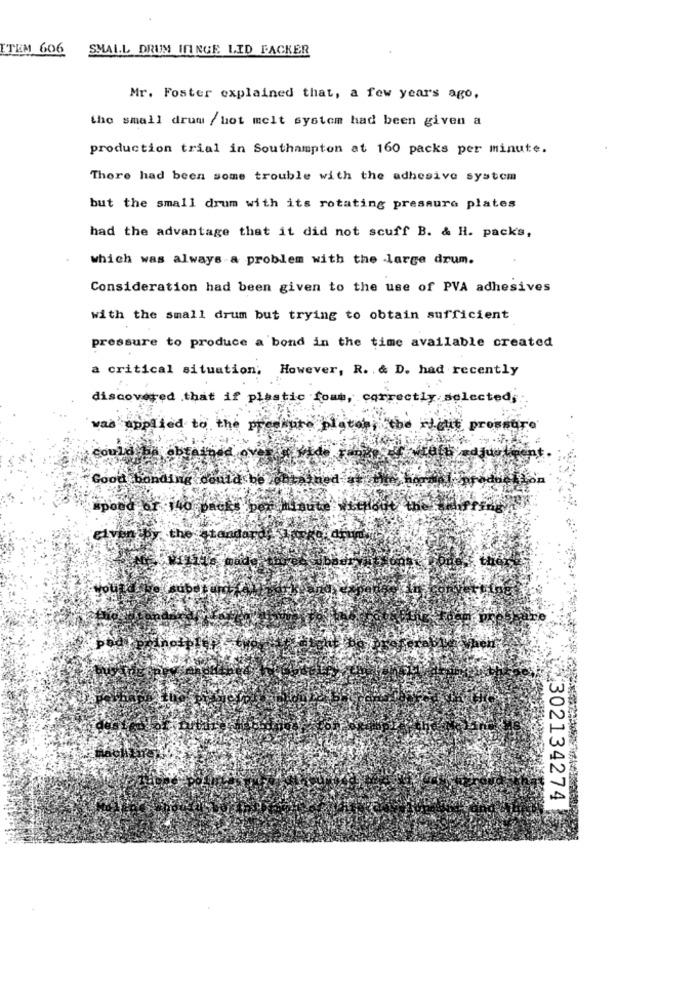
ITEM 606
SMALL DRUM ININGE LID PACKER
Mr. Foster explained that, a few years ago,
the small drum / hot melt system had been given a
production trial in Southampton at 160 packs per minute.
There had been some trouble with the adhesive system
but the small drum with its rotating pressure plates
had the advantage that it did not scuff B. & H. packs,
which was always a problem with the large drum.
Consideration had been given to the use of PVA adhesives
with the small drum but trying to obtain sufficient
pressure to produce a bond in the time available created
a critical situation; However, R. & D. had recently
discovered .that if plastic foam, correctly selected,
vas applied to the pressure
"the right prowsure
could
zdjus
Good bonding could be
spond or :140 packs
ventby the
302134274